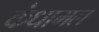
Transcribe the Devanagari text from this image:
कंधामल